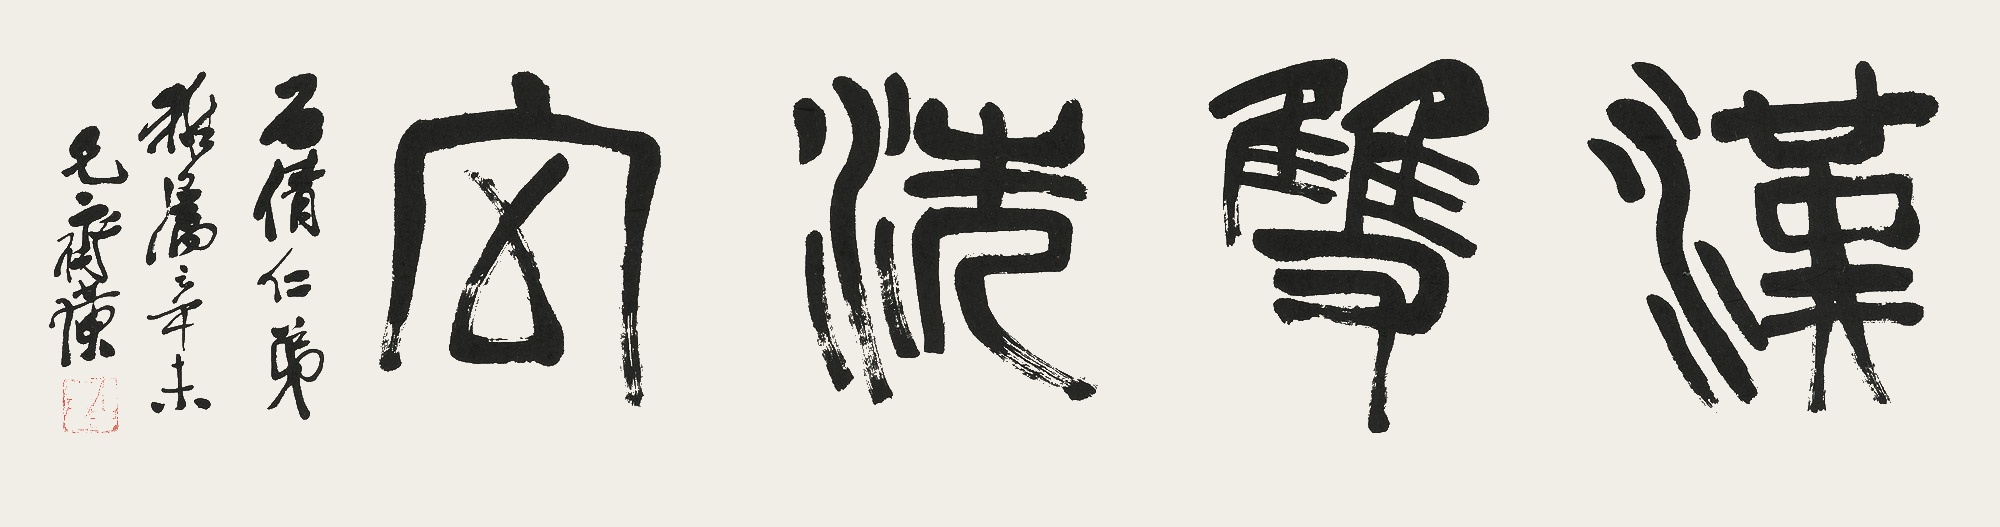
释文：汉双洗室。石倩仁弟雅属。辛未。兄齐璜。